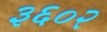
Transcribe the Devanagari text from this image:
३६०२